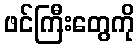
ဖင်ကြီးတွေကို